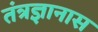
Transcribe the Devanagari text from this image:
तंत्रज्ञानास